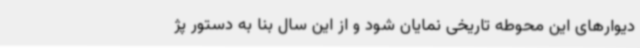
دیوارهای این محوطه تاریخی نمایان شود و از این سال بنا به دستور پژ